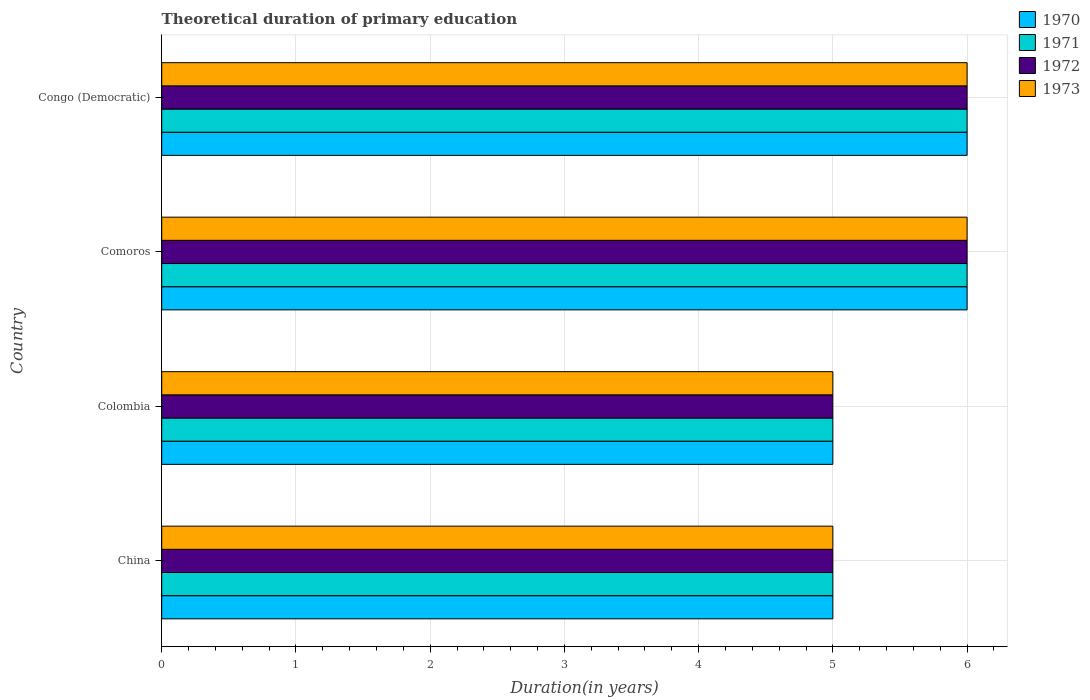
| Country | 1970 | 1971 | 1972 | 1973 |
 | --- | --- | --- | --- | --- |
 | China | 5 | 5 | 5 | 5 |
 | Colombia | 5 | 5 | 5 | 5 |
 | Comoros | 6 | 6 | 6 | 6 |
 | Congo (Democratic) | 6 | 6 | 6 | 6 |